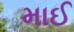
માઈ